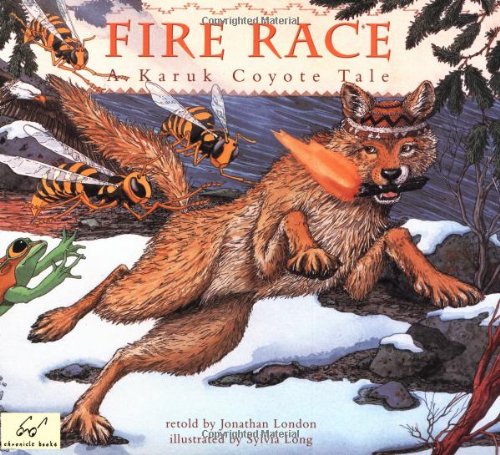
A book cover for Fire Race: A Karuk Coyote Tale of How Fire Came to the People; Jonathan London; Children's Books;